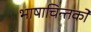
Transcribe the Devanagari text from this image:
भाषाचिन्तको